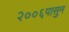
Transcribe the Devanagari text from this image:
२००६पासुन